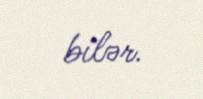
bilər.